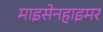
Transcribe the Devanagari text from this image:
माइसेनहाइमर